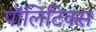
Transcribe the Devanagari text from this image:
पाॅलिटिक्स